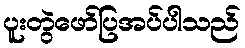
ပူးတွဲဖော်ပြအပ်ပါသည်